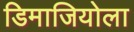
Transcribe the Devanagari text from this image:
डिमाजियोला